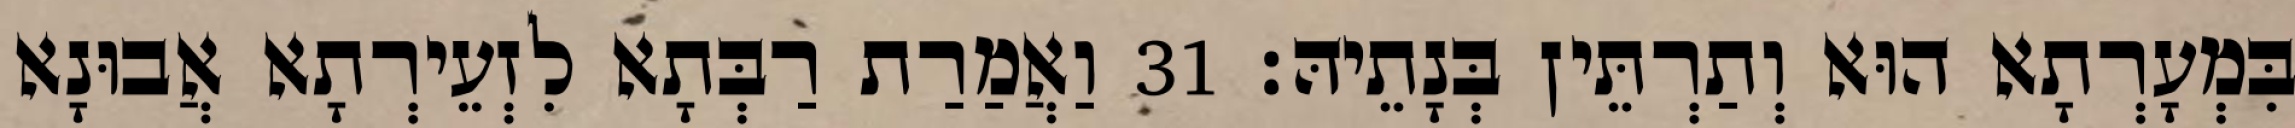
בִּמְעָרְתָא הוּא וְתַרְתֵּין בְּנָתֵיהּ׃ 31 וַאֲמַרַת רַבְּתָא לִזְעֵירְתָא אֲבוּנָא